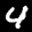
Label: 4